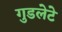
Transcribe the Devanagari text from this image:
गुडलेटे